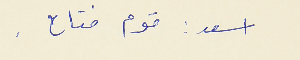
اسعد : قوم فتاح .